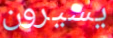
يسيرون